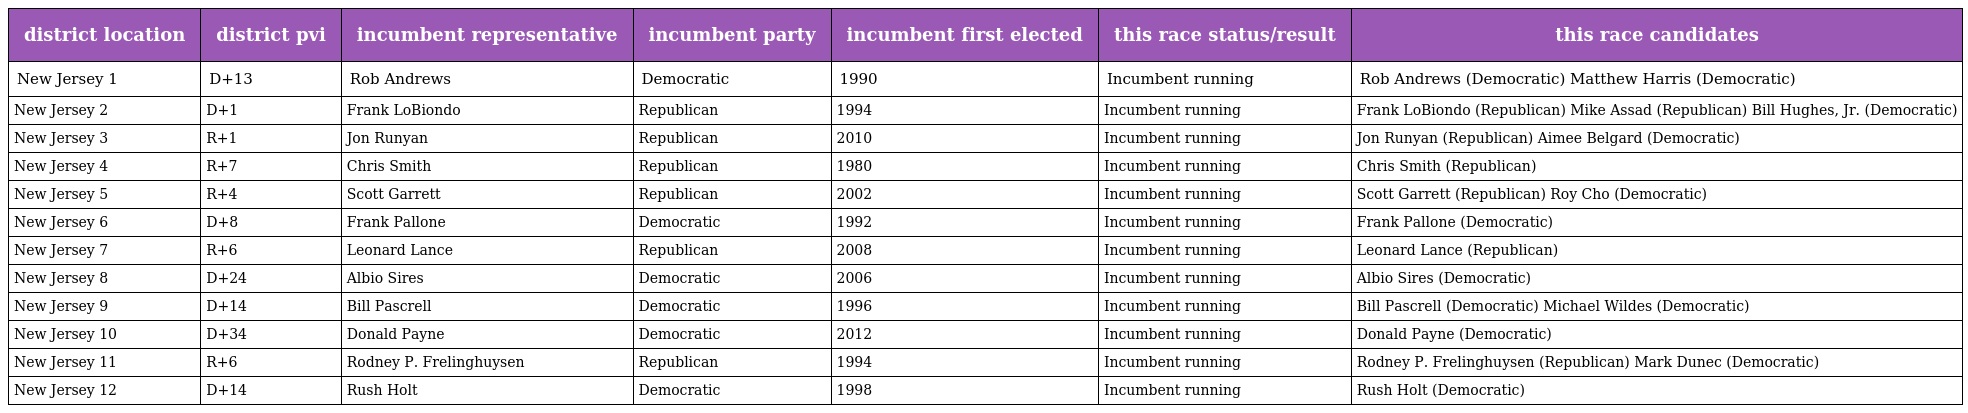
| district location | district pvi | incumbent representative | incumbent party | incumbent first elected | this race status/result | this race candidates |
 | --- | --- | --- | --- | --- | --- | --- |
 | New Jersey 1 | D+13 | Rob Andrews | Democratic | 1990 | Incumbent running | Rob Andrews (Democratic) Matthew Harris (Democratic) |
 | New Jersey 2 | D+1 | Frank LoBiondo | Republican | 1994 | Incumbent running | Frank LoBiondo (Republican) Mike Assad (Republican) Bill Hughes, Jr. (Democratic) |
 | New Jersey 3 | R+1 | Jon Runyan | Republican | 2010 | Incumbent running | Jon Runyan (Republican) Aimee Belgard (Democratic) |
 | New Jersey 4 | R+7 | Chris Smith | Republican | 1980 | Incumbent running | Chris Smith (Republican) |
 | New Jersey 5 | R+4 | Scott Garrett | Republican | 2002 | Incumbent running | Scott Garrett (Republican) Roy Cho (Democratic) |
 | New Jersey 6 | D+8 | Frank Pallone | Democratic | 1992 | Incumbent running | Frank Pallone (Democratic) |
 | New Jersey 7 | R+6 | Leonard Lance | Republican | 2008 | Incumbent running | Leonard Lance (Republican) |
 | New Jersey 8 | D+24 | Albio Sires | Democratic | 2006 | Incumbent running | Albio Sires (Democratic) |
 | New Jersey 9 | D+14 | Bill Pascrell | Democratic | 1996 | Incumbent running | Bill Pascrell (Democratic) Michael Wildes (Democratic) |
 | New Jersey 10 | D+34 | Donald Payne | Democratic | 2012 | Incumbent running | Donald Payne (Democratic) |
 | New Jersey 11 | R+6 | Rodney P. Frelinghuysen | Republican | 1994 | Incumbent running | Rodney P. Frelinghuysen (Republican) Mark Dunec (Democratic) |
 | New Jersey 12 | D+14 | Rush Holt | Democratic | 1998 | Incumbent running | Rush Holt (Democratic) |